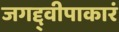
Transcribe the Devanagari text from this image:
जगद्द्वीपाकारं